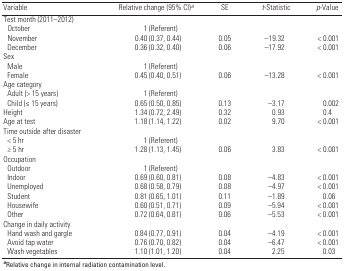
<table><thead><tr><td><b>Variable</b></td><td><b>Relative change (95% CI)<sup><i>a</i></sup></b></td><td><b>SE</b></td><td><b><i>t</i>-Statistic</b></td><td><b><i>p</i>-Value</b></td></tr></thead><tbody><tr><td><b>Test month (2011–2012)</b></td></tr><tr><td><b>&gt;October</b></td><td>1 (Referent)</td></tr><tr><td><b>&gt;November</b></td><td>0.40 (0.37, 0.44)</td><td>0.05</td><td>–19.32</td><td>&lt; 0.001</td></tr><tr><td><b>&gt;December</b></td><td>0.36 (0.32, 0.40)</td><td>0.06</td><td>–17.92</td><td>&lt; 0.001</td></tr><tr><td><b>Sex</b></td></tr><tr><td><b>&gt;Male</b></td><td>1 (Referent)</td></tr><tr><td><b>&gt;Female</b></td><td>0.45 (0.40, 0.51)</td><td>0.06</td><td>–13.28</td><td>&lt; 0.001</td></tr><tr><td><b>Age category</b></td></tr><tr><td><b>&gt;Adult (&gt; 15 years)</b></td><td>1 (Referent)</td></tr><tr><td><b>&gt;Child (≤ 15 years)</b></td><td>0.65 (0.50, 0.85)</td><td>0.13</td><td>–3.17</td><td>0.002</td></tr><tr><td><b>Height</b></td><td>1.34 (0.72, 2.49)</td><td>0.32</td><td>0.93</td><td>0.4</td></tr><tr><td><b>Age at test</b></td><td>1.18 (1.14, 1.22)</td><td>0.02</td><td>9.70</td><td>&lt; 0.001</td></tr><tr><td><b>Time outside after disaster</b></td></tr><tr><td><b>&gt;&lt; 5 hr</b></td><td>1 (Referent)</td></tr><tr><td><b>&gt;≥ 5 hr</b></td><td>1.28 (1.13, 1.45)</td><td>0.06</td><td>3.83</td><td>&lt; 0.001</td></tr><tr><td><b>Occupation</b></td></tr><tr><td><b>&gt;Outdoor</b></td><td>1 (Referent)</td></tr><tr><td><b>&gt;Indoor</b></td><td>0.69 (0.60, 0.81)</td><td>0.08</td><td>–4.83</td><td>&lt; 0.001</td></tr><tr><td><b>&gt;Unemployed</b></td><td>0.68 (0.58, 0.79)</td><td>0.08</td><td>–4.97</td><td>&lt; 0.001</td></tr><tr><td><b>&gt;Student</b></td><td>0.81 (0.65, 1.01)</td><td>0.11</td><td>–1.89</td><td>0.06</td></tr><tr><td><b>&gt;Housewife</b></td><td>0.60 (0.51, 0.71)</td><td>0.09</td><td>–5.94</td><td>&lt; 0.001</td></tr><tr><td><b>&gt;Other</b></td><td>0.72 (0.64, 0.81)</td><td>0.06</td><td>–5.53</td><td>&lt; 0.001</td></tr><tr><td><b>Change in daily activity</b></td></tr><tr><td><b>&gt;Hand wash and gargle</b></td><td>0.84 (0.77, 0.91)</td><td>0.04</td><td>–4.19</td><td>&lt; 0.001</td></tr><tr><td><b>&gt;Avoid tap water</b></td><td>0.76 (0.70, 0.82)</td><td>0.04</td><td>–6.47</td><td>&lt; 0.001</td></tr><tr><td><b>&gt;Wash vegetables</b></td><td>1.10 (1.01, 1.20)</td><td>0.04</td><td>2.25</td><td>0.03</td></tr><tr><td colspan="5"><sup><i><b>a</b></i></sup>Relative change in internal radiation contamination level. </td></tr></tbody></table>